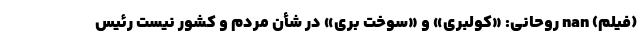
(فیلم) nan روحانی: «کولبری» و «سوخت بری» در شأن مردم و کشور نیست رئیس